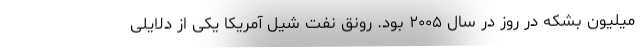
میلیون بشکه در روز در سال ۲۰۰۵ بود. رونق نفت شیل آمریکا یکی از دلایلی